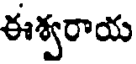
ఈశ్వరాయ